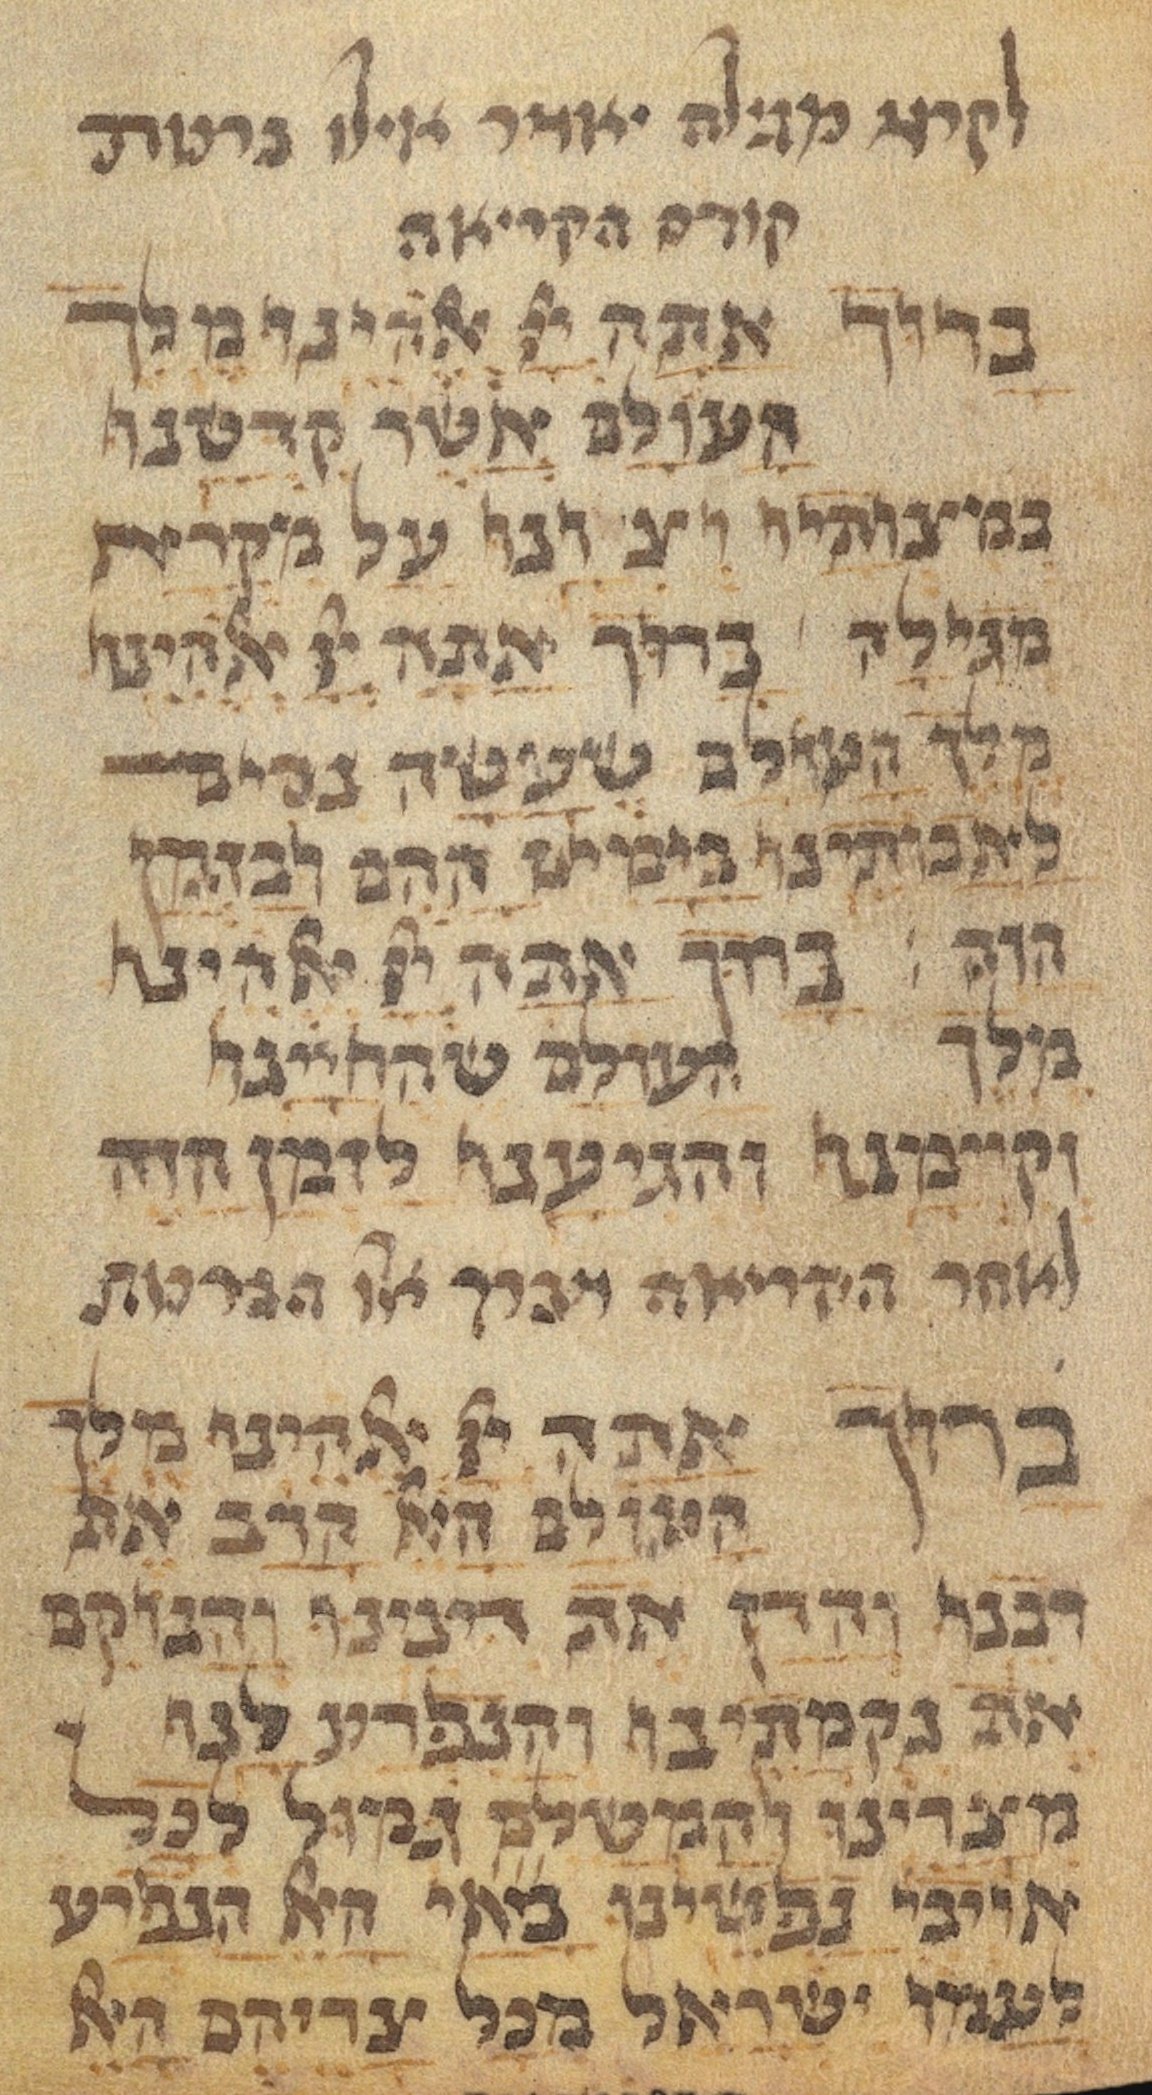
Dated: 1450–1499